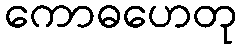
ကောဓဟေတု